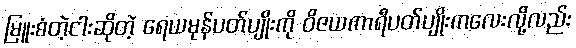
မြူးစံတဲ့ငါးဆိုတဲ့ ရေယမုန်ပတ်ပျိုးကို ဝိဇယကာရီပတ်ပျိုးကလေးလို့လည်း